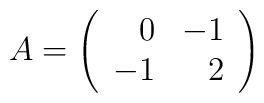
A=\left(\begin{array}{rr} 0&-1\\ -1&2 \end{array}\right)